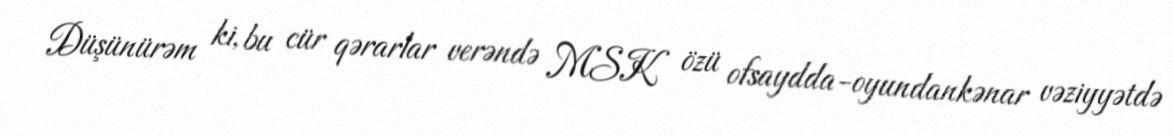
Düşünürəm ki, bu cür qərarlar verəndə MSK özü ofsaydda-oyundankənar vəziyyətdə